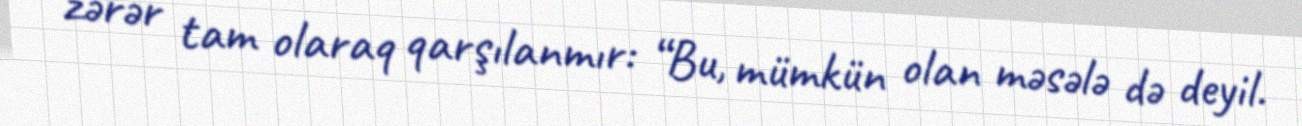
zərər tam olaraq qarşılanmır: “Bu, mümkün olan məsələ də deyil.